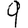
Digit: 9